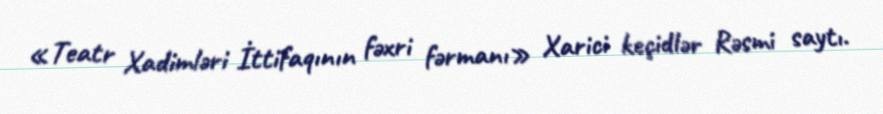
«Teatr Xadimləri İttifaqının fəxri fərmanı» Xarici keçidlər Rəsmi saytı.